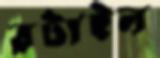
রটাইল